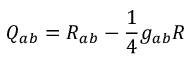
\displaystyle Q _ { a b } = R _ { a b } - { \frac { 1 } { 4 } } g _ { a b } R